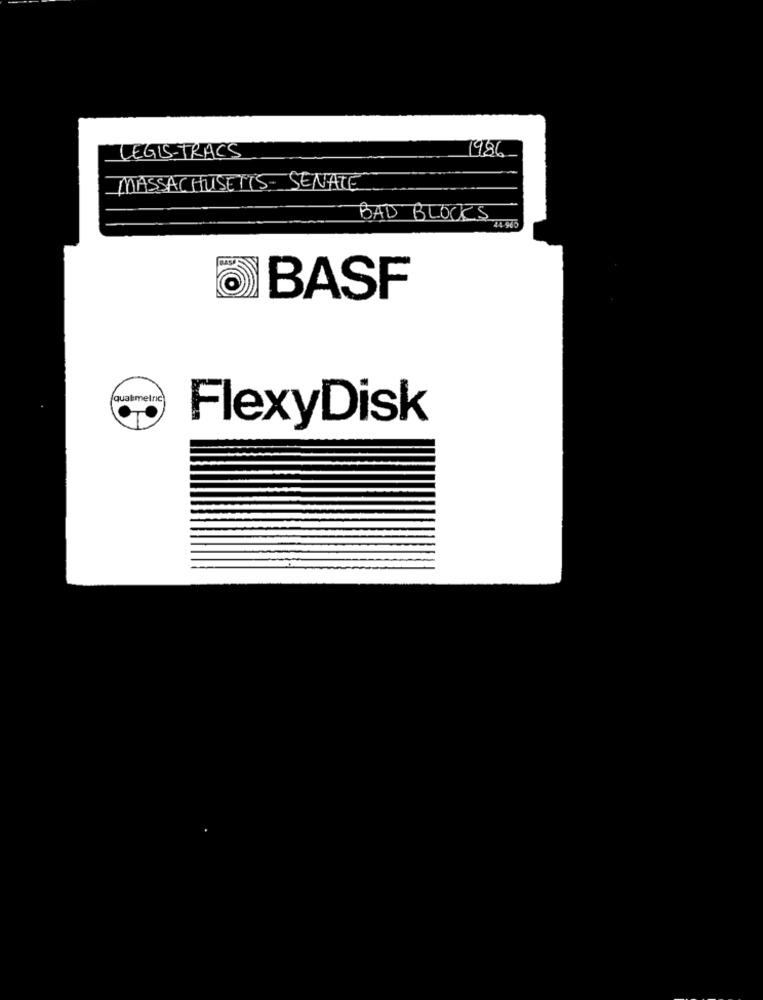
LEGIS-TRACS
1986
MASSACHUSETTS SENATE
BAD BLOCKS
BASF
qualmetric
FlexyDisk